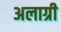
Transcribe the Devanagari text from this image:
अलाग्री